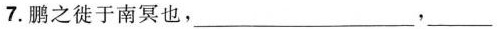
7.鹏之徙于南冥也，___，